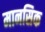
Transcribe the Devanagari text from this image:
मानसिक